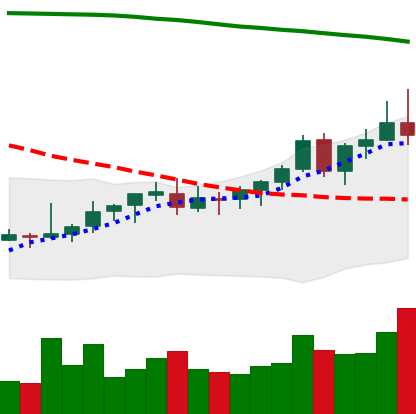
Ticker: EOS-USD
Chart end date: 2021-08-12
Forward return: 8.923%
Label: up_7plus